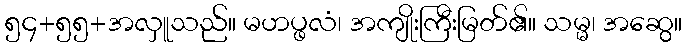
၅၄+၅၅+အလှူသည်။ မဟပ္ဖလံ၊ အကျိုးကြီးမြတ်၏။ သမ္မ၊ အဆွေ။